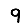
Digit: 9